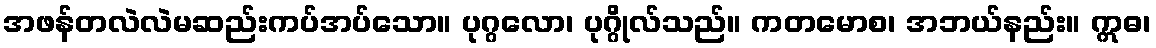
အဖန်တလဲလဲမဆည်းကပ်အပ်သော။ ပုဂ္ဂလော၊ ပုဂ္ဂိုလ်သည်။ ကတမောစ၊ အဘယ်နည်း။ ဣဓ၊